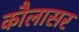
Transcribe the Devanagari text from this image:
कौलासर